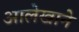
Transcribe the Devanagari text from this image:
आलेखाने